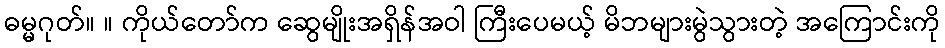
ဓမ္မဂုတ်။ ။ ကိုယ်တော်က ဆွေမျိုးအရှိန်အဝါ ကြီးပေမယ့် မိဘများမွဲသွားတဲ့ အကြောင်းကို